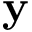
\textbf { y }